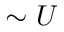
\sim U